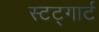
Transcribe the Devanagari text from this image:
स्टट्गार्ट